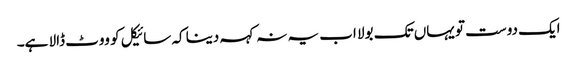
ایک دوست تو یہاں تک بولا اب یہ نہ کہہ دینا کہ سائیکل کو ووٹ ڈالا ہے۔